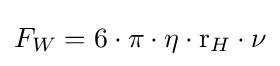
F_{W}=6\cdot \pi \cdot \eta \cdot {\text{r}}_{H}\cdot \nu